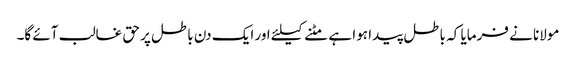
مولانا نے فرمایا کہ باطل پیدا ہوا ہے مٹنے کیلئے اور ایک دن باطل پر حق غالب آئے گا۔